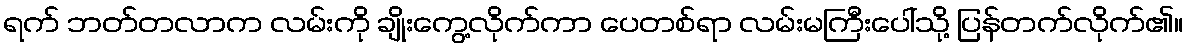
ရက် ဘတ်တလာက လမ်းကို ချိုးကွေ့လိုက်ကာ ပေတစ်ရာ လမ်းမကြီးပေါ်သို့ ပြန်တက်လိုက်၏။